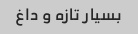
بسیار تازه و داغ